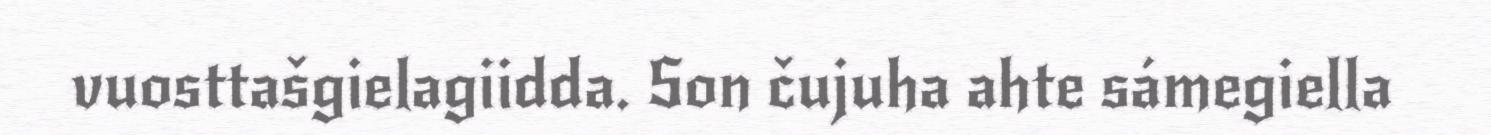
vuosttašgielagiidda. Son čujuha ahte sámegiella